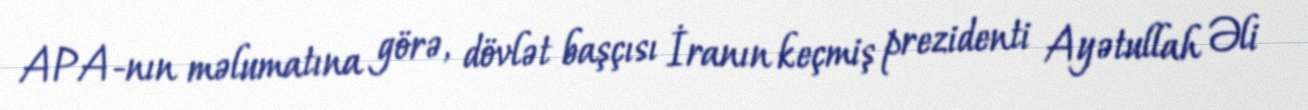
APA-nın məlumatına görə, dövlət başçısı İranın keçmiş prezidenti Ayətullah Əli